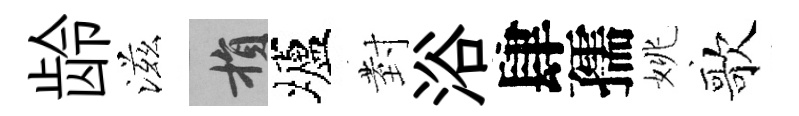
龄滋損壚𭔹浴肆孺姚歌